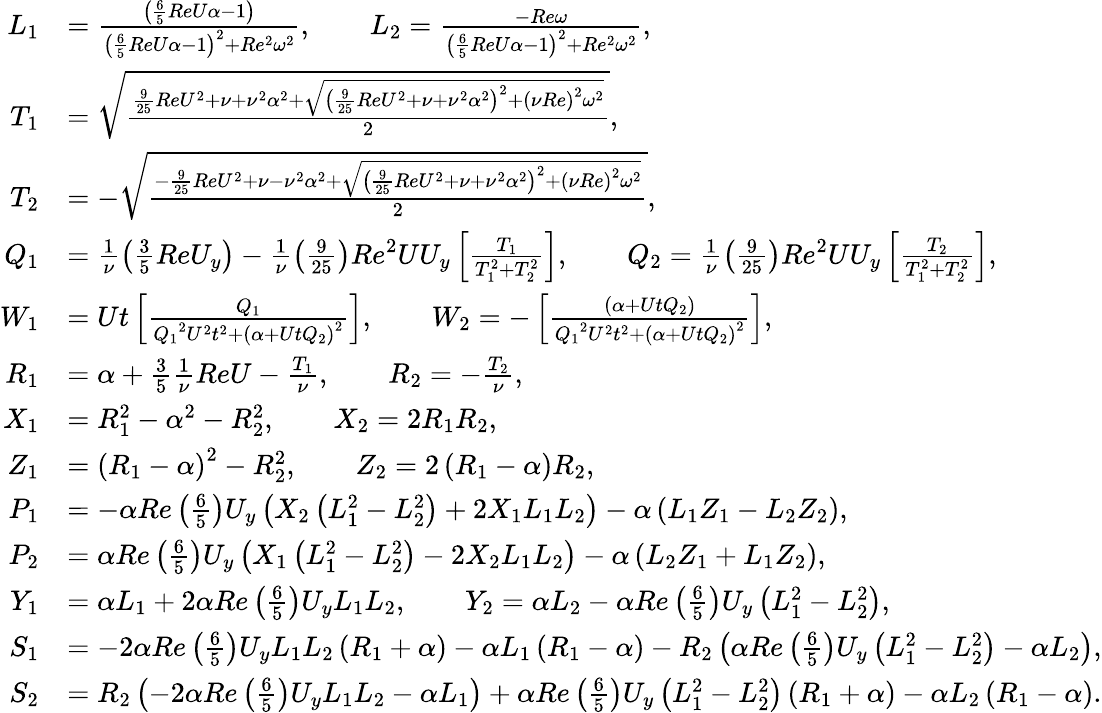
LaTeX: \begin{array}{rl}{L_{1}}&{=\frac{\left(\frac{6}{5}ReU\alpha-1\right)}{\left(\frac{6}{5}ReU\alpha-1\right)^{2}+Re^{2}\omega^{2}},\qquad L_{2}=\frac{-Re\omega}{\left(\frac{6}{5}ReU\alpha-1\right)^{2}+Re^{2}\omega^{2}},}\\ {T_{1}}&{=\sqrt{\frac{{\frac{9}{25}ReU^{2}+\nu}+\nu^{2}\alpha^{2}+\sqrt{\left({\frac{9}{25}ReU^{2}+\nu}+\nu^{2}\alpha^{2}\right)^{2}+{\left(\nu Re\right)}^{2}\omega^{2}}}{2}},}\\ {T_{2}}&{=-\sqrt{\frac{-{\frac{9}{25}ReU^{2}+\nu}-\nu^{2}\alpha^{2}+\sqrt{\left({\frac{9}{25}ReU^{2}+\nu}+\nu^{2}\alpha^{2}\right)^{2}+{\left(\nu Re\right)}^{2}\omega^{2}}}{2}},}\\ {Q_{1}}&{=\frac{1}{\nu}\left(\frac{3}{5}ReU_{y}\right)-\frac{1}{\nu}\left(\frac{9}{25}\right){Re}^{2}UU_{y}\left[\frac{T_{1}}{T_{1}^{2}+T_{2}^{2}}\right],\qquad Q_{2}=\frac{1}{\nu}\left(\frac{9}{25}\right){Re}^{2}UU_{y}\left[\frac{T_{2}}{T_{1}^{2}+T_{2}^{2}}\right],}\\ {W_{1}}&{=Ut\left[\frac{Q_{1}}{{Q_{1}}^{2}U^{2}t^{2}+{\left(\alpha+UtQ_{2}\right)}^{2}}\right],\qquad W_{2}=-\left[\frac{\left(\alpha+UtQ_{2}\right)}{{Q_{1}}^{2}U^{2}t^{2}+{\left(\alpha+UtQ_{2}\right)}^{2}}\right],}\\ {R_{1}}&{=\alpha+\frac{3}{5}\frac{1}{\nu}ReU-\frac{T_{1}}{\nu},\qquad R_{2}=-\frac{T_{2}}{\nu},}\\ {X_{1}}&{=R_{1}^{2}-\alpha^{2}-R_{2}^{2},\qquad X_{2}=2R_{1}R_{2},}\\ {Z_{1}}&{={\left(R_{1}-\alpha\right)}^{2}-R_{2}^{2},\qquad Z_{2}=2\left(R_{1}-\alpha\right)R_{2},}\\ {P_{1}}&{=-\alpha Re\left(\frac{6}{5}\right)U_{y}\left(X_{2}\left(L_{1}^{2}-L_{2}^{2}\right)+2X_{1}L_{1}L_{2}\right)-\alpha\left(L_{1}Z_{1}-L_{2}Z_{2}\right),}\\ {P_{2}}&{=\alpha Re\left(\frac{6}{5}\right)U_{y}\left(X_{1}\left(L_{1}^{2}-L_{2}^{2}\right)-2X_{2}L_{1}L_{2}\right)-\alpha\left(L_{2}Z_{1}+L_{1}Z_{2}\right),}\\ {Y_{1}}&{=\alpha L_{1}+2\alpha Re\left(\frac{6}{5}\right)U_{y}L_{1}L_{2},\qquad Y_{2}=\alpha L_{2}-\alpha Re\left(\frac{6}{5}\right)U_{y}\left(L_{1}^{2}-L_{2}^{2}\right),}\\ {S_{1}}&{=-2\alpha Re\left(\frac{6}{5}\right)U_{y}L_{1}L_{2}\left(R_{1}+\alpha\right)-\alpha L_{1}\left(R_{1}-\alpha\right)-R_{2}\left(\alpha Re\left(\frac{6}{5}\right)U_{y}\left(L_{1}^{2}-L_{2}^{2}\right)-\alpha L_{2}\right),}\\ {S_{2}}&{=R_{2}\left(-2\alpha Re\left(\frac{6}{5}\right)U_{y}L_{1}L_{2}-\alpha L_{1}\right)+\alpha Re\left(\frac{6}{5}\right)U_{y}\left(L_{1}^{2}-L_{2}^{2}\right)\left(R_{1}+\alpha\right)-\alpha L_{2}\left(R_{1}-\alpha\right).}\end{array}